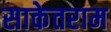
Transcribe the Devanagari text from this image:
साकेतराम